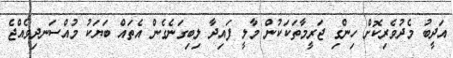
އަދީބު މެދުވެރިކޮށް ހިންގި ޖަރީމާތަކަކުން މާލީ ފައިދާ ލިބިގަނެގެން އެތައް ބަޔަކު މުއްސަނދިވެއްޖެ